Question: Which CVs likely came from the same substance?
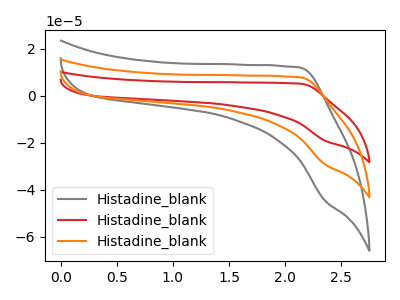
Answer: <think>The gray curve "Histadine_blank1" has no peaks. The red curve "Histadine_blank2" has no peaks. The orange curve "Histadine_blank3" has no peaks.
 Neither "Histadine_blank1" or "Histadine_blank2" have any peaks. Neither "Histadine_blank1" or "Histadine_blank3" have any peaks. Neither "Histadine_blank2" or "Histadine_blank3" have any peaks.</think>
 <answer>"Histadine_blank1", "Histadine_blank2" and "Histadine_blank3" have the same shape and are likely CV's of the same chemical.</answer>
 <eval>"Histadine_blank1" "Histadine_blank2" "Histadine_blank3"</eval>